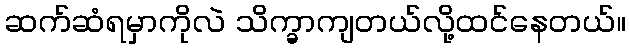
ဆက်ဆံရမှာကိုလဲ သိက္ခာကျတယ်လို့ထင်နေတယ်။